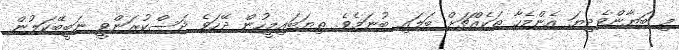
މި ބަޔާންވެދިޔަ އެންމެހާ ތަކެއްޗަށް ބަލައި ބުނަމެވެ. ތިޔަބައިމީހުން ދޭހަވެ ދަސްކުރަންވީ ނަބީބޭކަލުން